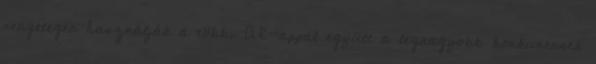
rengetegen használják a többi AR-appal együtt a legnagyobb konkurensek